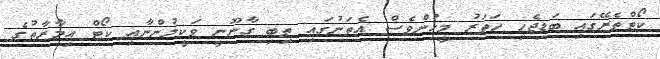
ކޯޓްތެރޭގައި ބަޑިޖެހި ހަތަރު މީހުންވެސް އެތަނުގައި ތިބި ގާނޫނީ ވަކީލުންނާއި ކޯޓް އިމާރާތުގެ